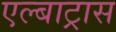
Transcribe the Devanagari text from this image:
एल्बाट्रास